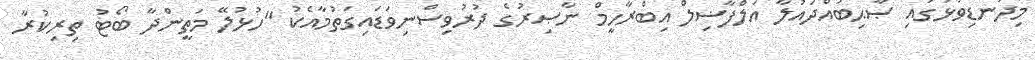
މިދަނޑިވަޅުގައި ޞާޙިބުއްދައުލާ އަލްފާޟިލް އިބްރާހީމް ނާޞިރުގެ ދުރުވިސްނިވަޑައިގަތުމާއެކު "ހުޅުލޭ މަތީންދާ ބޯޓު ތިރިކުރާ